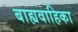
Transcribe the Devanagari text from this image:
बाह्यवाहिका